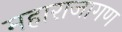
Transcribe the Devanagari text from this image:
महाराजागण